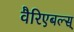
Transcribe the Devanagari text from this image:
वैरिएबल्स्